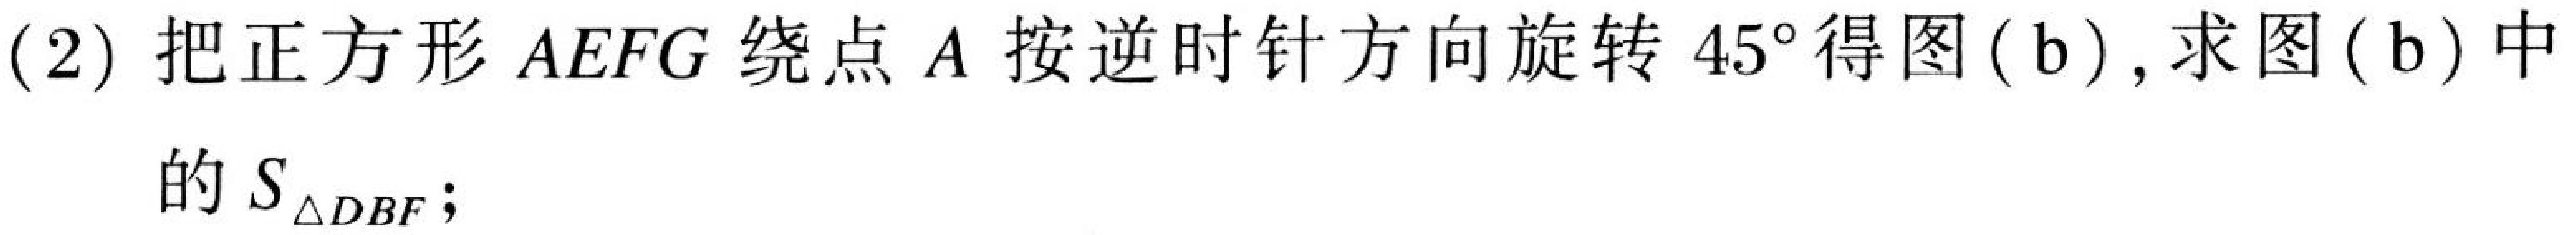
(2) 把正方形\(AEFG\)绕点\(A\)按逆时针方向旋转\(45^{\circ}\)得图(b), 求图(b)中
的\(S_{\triangle DBF}\);